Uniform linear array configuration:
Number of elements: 64
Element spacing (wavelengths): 0.25
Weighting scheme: cosine
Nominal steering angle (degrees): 60
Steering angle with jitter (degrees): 60.736
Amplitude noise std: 0.05
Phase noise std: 0.05

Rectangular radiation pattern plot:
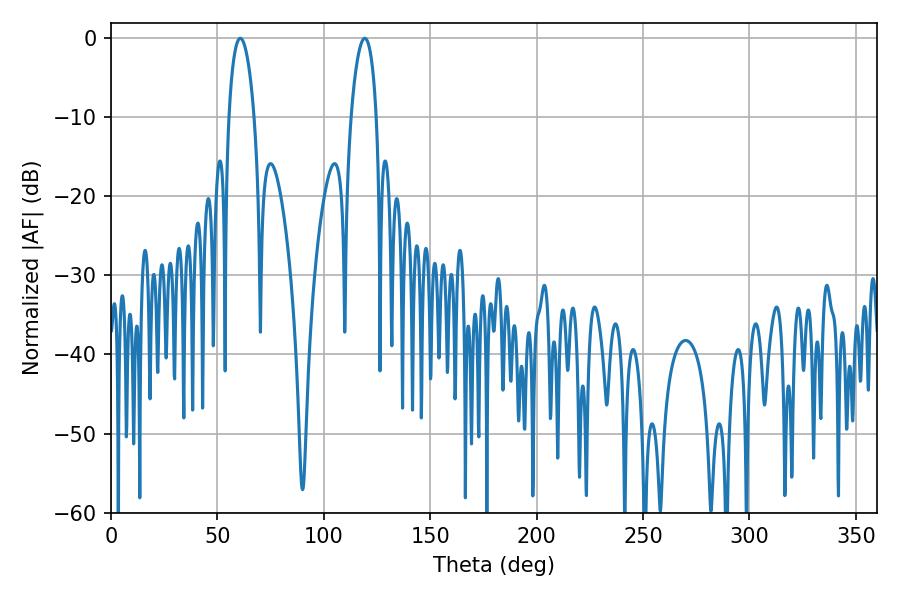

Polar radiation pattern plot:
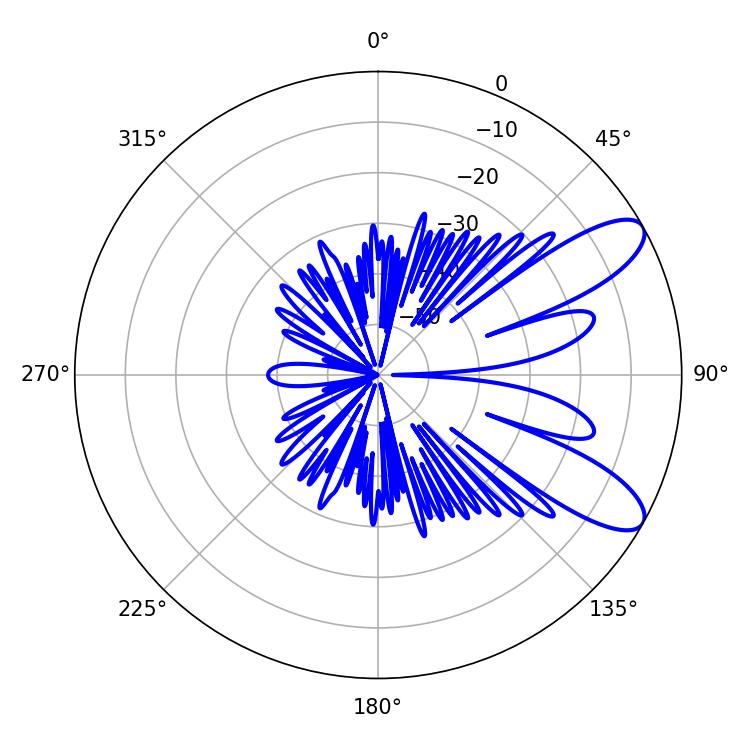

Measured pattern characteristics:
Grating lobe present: FALSE
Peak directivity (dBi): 9.457
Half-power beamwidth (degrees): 6.66
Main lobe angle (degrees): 119.16